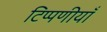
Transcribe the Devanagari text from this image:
टिप्पणीयाँ